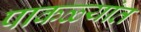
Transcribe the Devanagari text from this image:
पाकळ्यांत